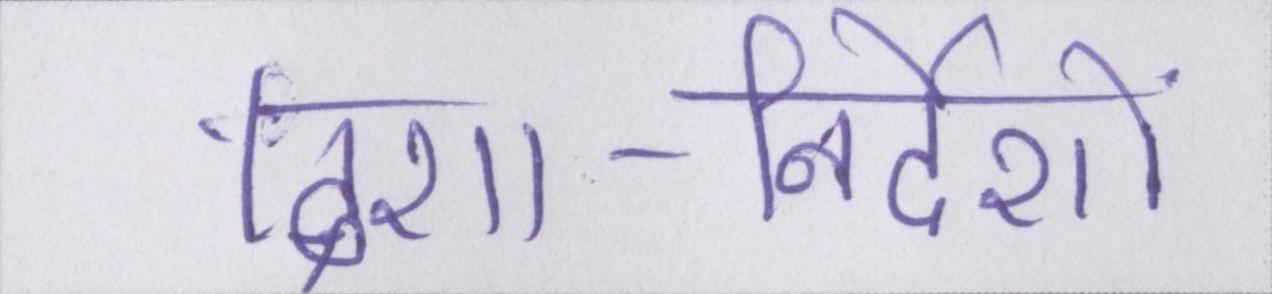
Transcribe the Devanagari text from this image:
दिशा-निर्देशों